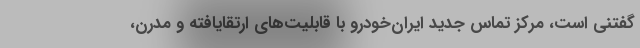
گفتنی است، مرکز تماس جدید ایران‌خودرو با قابلیت‌های ارتقایافته و مدرن،